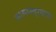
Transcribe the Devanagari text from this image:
साममंत्रयाय